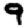
Digit: 9